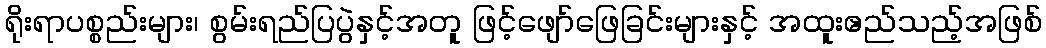
ရိုးရာပစ္စည်းများ၊ စွမ်းရည်ပြပွဲနှင့်အတူ ဖြင့်ဖျော်ဖြေခြင်းများနှင့် အထူးဧည်သည့်အဖြစ်